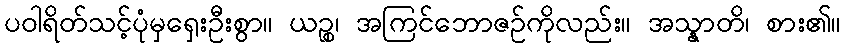
ပဝါရိတ်သင့်ပုံမှရှေးဦးစွာ။ ယဉ္စ၊ အကြင်ဘောဇဉ်ကိုလည်း။ အသ္နာတိ၊ စား၏။